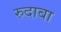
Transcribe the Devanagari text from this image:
रुदाबा